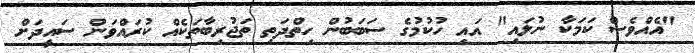
"އެއްވެސް ކަމަކާ ނުލައި" އައި ހުކުމުގެ ސަބަބުން ހިތްދަތި ތަޖުރިބާތަކެއް ކުރައްވަން ސައީދަށް